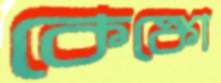
কেঙ্কো